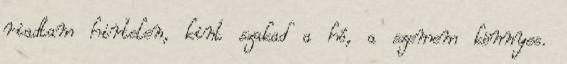
riadtam hirtelen, kint szakad a hó, a szemem könnyes.